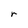
Character: r